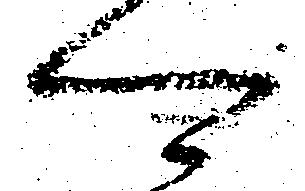
可